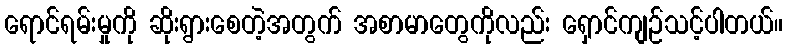
ရောင်ရမ်းမှုကို ဆိုးရွားစေတဲ့အတွက် အစာမာတွေကိုလည်း ရှောင်ကျဉ်သင့်ပါတယ်။